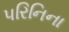
પરિનિના